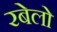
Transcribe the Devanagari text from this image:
रबेलो